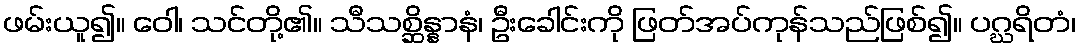
ဖမ်းယူ၍။ ဝေါ၊ သင်တို့၏။ သီသစ္ဆိန္နာနံ၊ ဦးခေါင်းကို ဖြတ်အပ်ကုန်သည်ဖြစ်၍။ ပဂ္ဃရိတံ၊